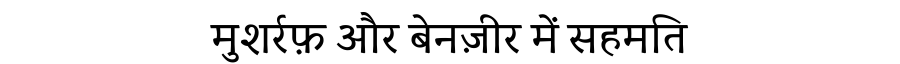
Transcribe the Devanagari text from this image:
मुशर्रफ़ और बेनज़ीर में सहमति